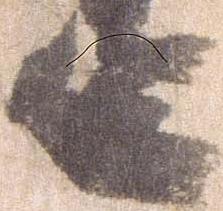
笠